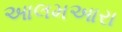
આલમઆરા